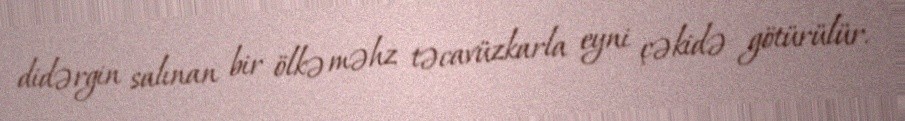
didərgin salınan bir ölkə məhz təcavüzkarla eyni çəkidə götürülür.